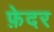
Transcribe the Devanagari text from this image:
फ़ेदर